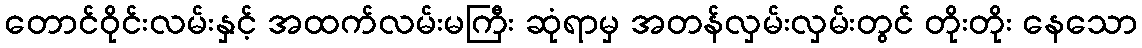
တောင်ဝိုင်းလမ်းနှင့် အထက်လမ်းမကြီး ဆုံရာမှ အတန်လှမ်းလှမ်းတွင် တိုးတိုး နေသော